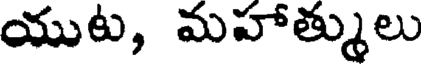
యుట, మహాత్ములు